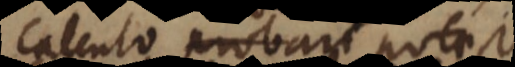
calculo probari potest